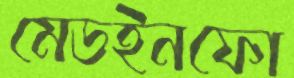
মেডইনফো